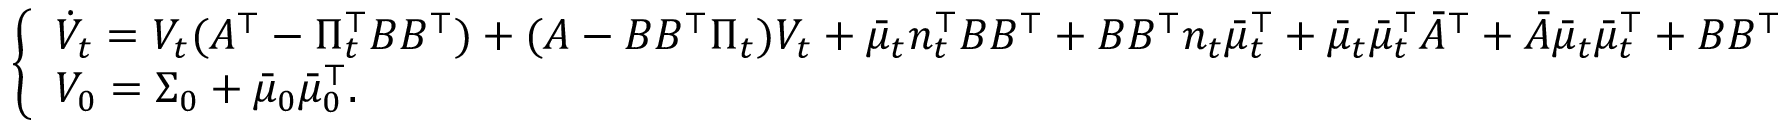
\begin{array} { r } { \left\{ \begin{array} { l l } { \dot { V } _ { t } = V _ { t } ( A ^ { \top } - \Pi _ { t } ^ { \top } B B ^ { \top } ) + ( A - B B ^ { \top } \Pi _ { t } ) V _ { t } + \bar { \mu } _ { t } n _ { t } ^ { \top } B B ^ { \top } + B B ^ { \top } n _ { t } \bar { \mu } _ { t } ^ { \top } + \bar { \mu } _ { t } \bar { \mu } _ { t } ^ { \top } \bar { A } ^ { \top } + \bar { A } \bar { \mu } _ { t } \bar { \mu } _ { t } ^ { \top } + B B ^ { \top } } \\ { V _ { 0 } = \Sigma _ { 0 } + \bar { \mu } _ { 0 } \bar { \mu } _ { 0 } ^ { \top } . } \end{array} \right. } \end{array}